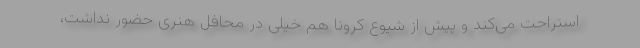
استراحت می‌کند و پیش از شیوع کرونا هم خیلی در محافل هنری حضور نداشت،